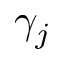
\gamma _ { j }